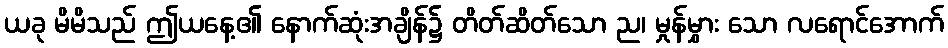
ယခု မိမိသည် ဤယနေ့၏ နောက်ဆုံးအချိန်၌ တိတ်ဆိတ်သော ည၊ မှုန်မွှား သော လရောင်အောက်